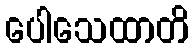
ပေါသေထာတိ